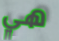
هي